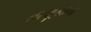
તાલૂકાના